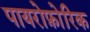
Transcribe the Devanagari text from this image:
पायरोफ़ोरिक